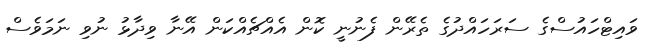
ވައިޓްހައުސްގެ ސަރަހައްދުގެ ތެރޭން ފެނުނީ ކޮން އެއްޗެއްކަން އޭނާ ވިދާޅު ނުވި ނަމަވެސް